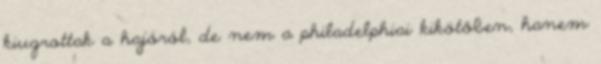
kiugrottak a hajóról, de nem a philadelphiai kikötőben, hanem